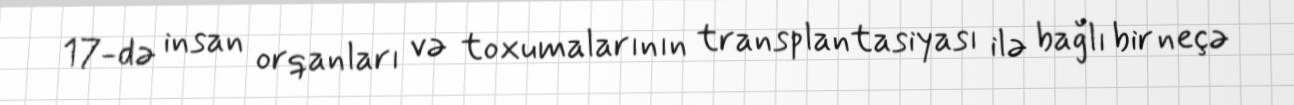
17-də insan orqanları və toxumalarının transplantasiyası ilə bağlı bir neçə